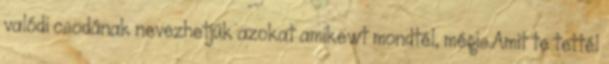
valódi csodának nevezhetjük azokat amikewt mondtél, mégis.Amit te tettél